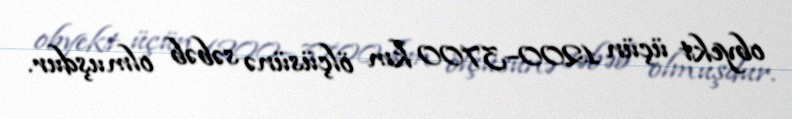
obyekt üçün 1200–3700 km ölçüsünə səbəb olmuşdur.